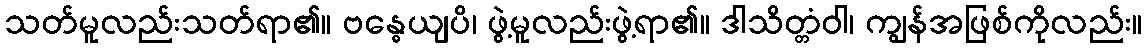
သတ်မူလည်းသတ်ရာ၏။ ဗန္ဓေယျပိ၊ ဖွဲ့မူလည်းဖွဲ့ရာ၏။ ဒါသိတ္တံဝါ၊ ကျွန်အဖြစ်ကိုလည်း။